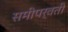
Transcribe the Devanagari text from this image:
समीपर्वती